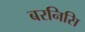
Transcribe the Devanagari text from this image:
बरनिसि